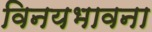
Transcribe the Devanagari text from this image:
विनयभावना